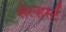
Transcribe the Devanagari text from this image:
सेल्हर्स्ट